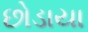
છોડાયા